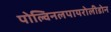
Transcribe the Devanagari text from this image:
पोल्विनलपायरोलीडोन